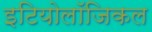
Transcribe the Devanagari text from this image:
इटियोलॉजिकल